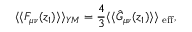
\langle \langle F _ { \mu \nu } ( z _ { 1 } ) \rangle \rangle _ { Y M } = { \frac { 4 } { 3 } } \langle \langle \hat { G } _ { \mu \nu } ( z _ { 1 } ) \rangle \rangle _ { \mathrm { \scriptsize ~ e f f } } ,